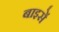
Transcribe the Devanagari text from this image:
बाइसें